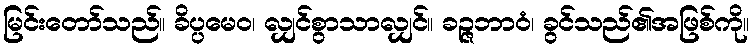
မြင်းတော်သည်။ ခိပ္ပမေဝ၊ လျှင်စွာသာလျှင်။ ခဉ္ဇဘာဝံ၊ ခွင်သည်၏အဖြစ်ကို။